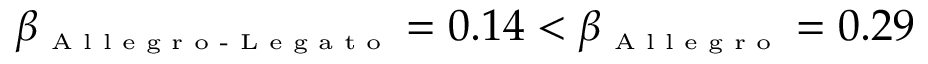
\beta _ { \textrm { \tiny A l l e g r o - L e g a t o } } = 0 . 1 4 < \beta _ { \textrm { \tiny A l l e g r o } } = 0 . 2 9